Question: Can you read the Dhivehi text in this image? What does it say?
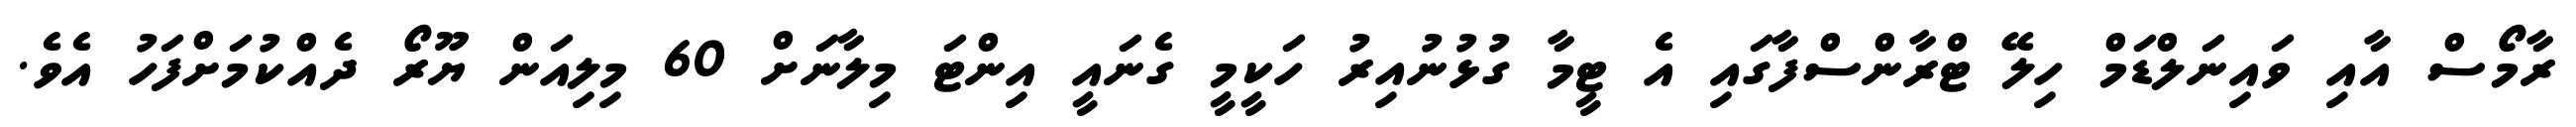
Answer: ރާމޯސް އާއި ވައިނަލްޑަމް ހިލޭ ޓްރާންސްފާގައި އެ ޓީމާ ގުޅުނުއިރު ހަކީމީ ގެނައީ އިންޓަ މިލާނަށް 60 މިލިއަން ޔޫރޯ ދެއްކުމަށްފަހު އެވެ.